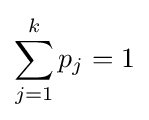
\sum _{j=1}^{k}p_{j}=1